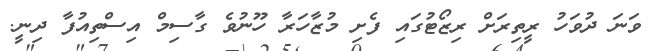
ވަނަ ދުވަހު ރީތިރަށް ރިޒޯޓުގައި ފެށި މުޒާހަރާ ހޫނުވެ ގާސިމް އިސްތިއުފާ ދިނީ.